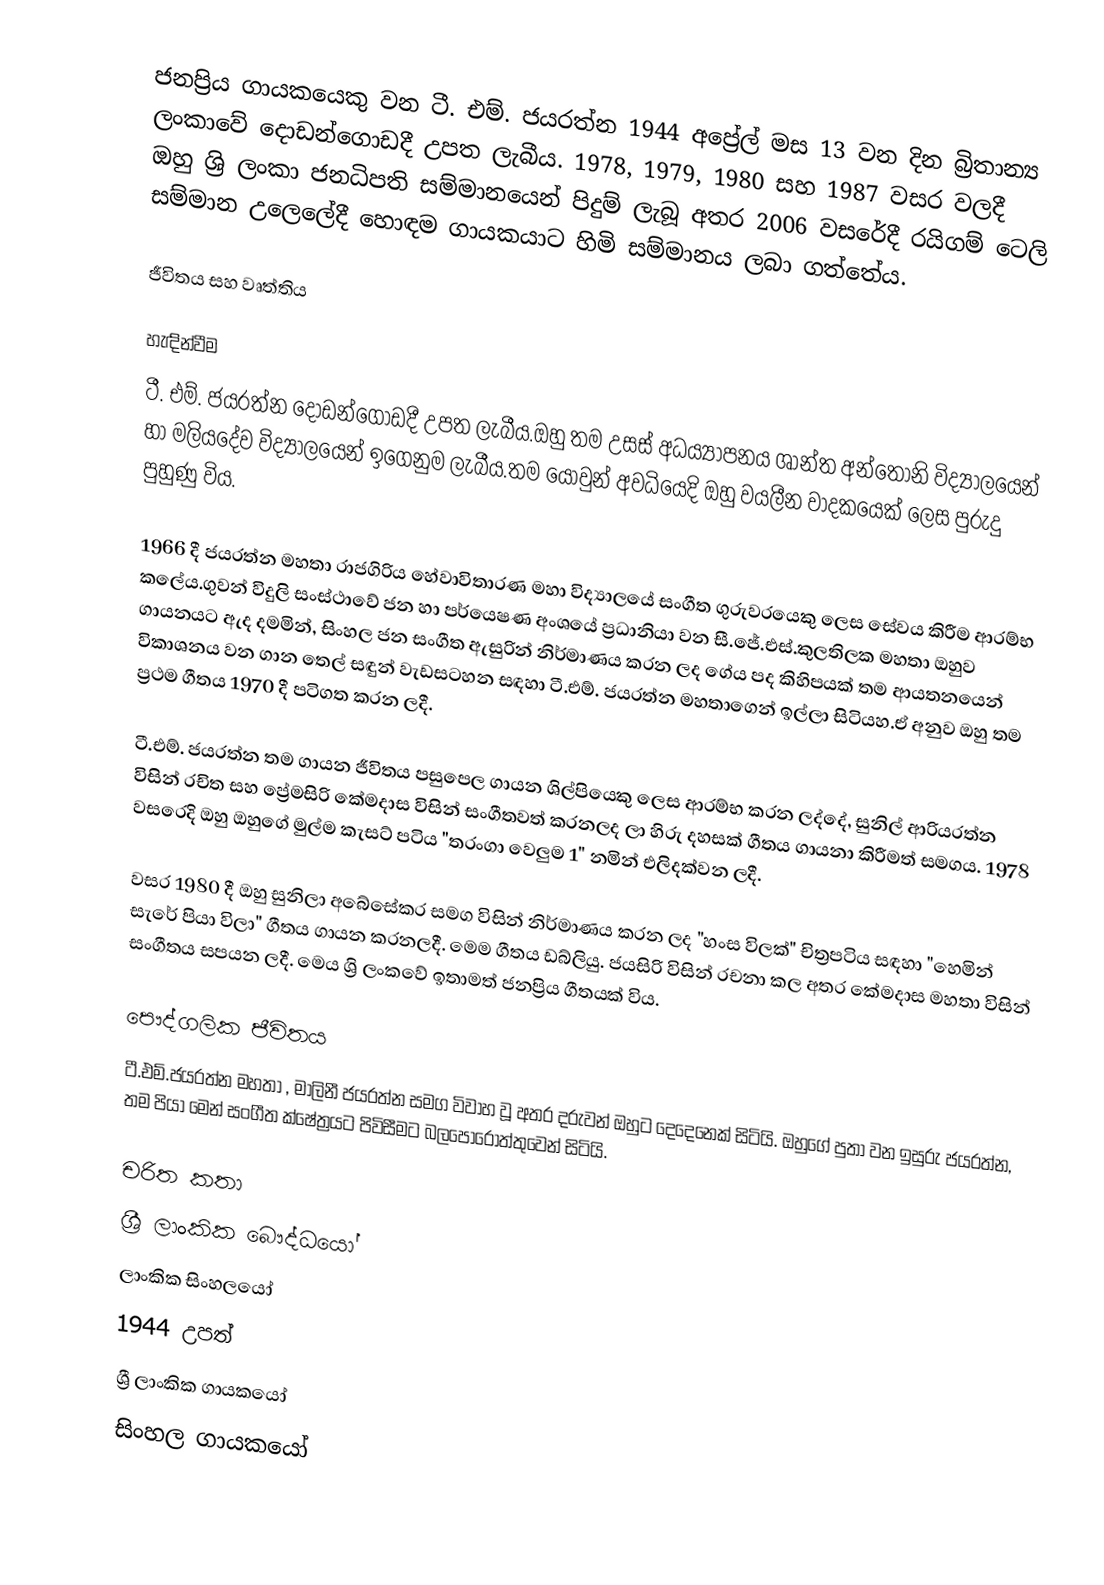
ජනප්‍රිය ගායකයෙකු වන ටී. එම්. ජයරත්න 1944 අප්‍රේල් මස 13 වන දින බ්‍රිතාන්‍ය ලංකාවේ දොඩන්ගොඩදී උපත ලැබීය. 1978, 1979, 1980 සහ 1987 වසර වලදී ඔහු ශ්‍රි ලංකා ජනධිපති සම්මානයෙන් පිදුම් ලැබූ අතර 2006 වසරේදී රයිගම් ටෙලි සම්මාන උලෙලේදී හොඳම ගායකයාට හිමි සම්මානය ලබා ගත්තේය.

ජීවිතය සහ වෘත්තිය

හැඳින්වීම
ටී. එම්. ජයරත්න දොඩන්ගොඩදී උපත ලැබීය.ඔහු තම උසස් අධය්‍යාපනය ශාන්ත අන්තෝනි විද්‍යාලයෙන් හා මලියදේව විද්‍යාලයෙන් ඉගෙනුම ලැබීය.තම යොවුන් අවධියෙදි ඔහු වයලීන වාදකයෙක් ලෙස පුරුදු පුහුණු විය.

1966 දී ජයරත්න මහතා රාජගිරිය හේවාවිතාරණ මහා විද්‍යාලයේ සංගීත ගුරුවරයෙකු ලෙස සේවය කිරීම ආරම්භ කලේය.ගුවන් විදුලි සංස්ථාවේ ජන හා පර්යෙෂණ අංශයේ ප්‍රධානියා වන සී.ජේ.එස්.කුලතිලක මහතා ඔහුව ගායනයට ඇද දමමින්, සිංහල ජන සංගීත ඇසුරින් නිර්මාණය කරන ලද ගේය පද කිහිපයක් තම ආයතනයෙන් විකාශනය වන ගාන තෙල් සඳුන් වැඩසටහන සඳහා ටී.එම්. ජයරත්න මහතාගෙන් ඉල්ලා සිටියහ.ඒ අනුව ඔහු තම ප්‍රථම ගීතය 1970 දී පටිගත කරන ලදී.

ටී.එම්. ජයරත්න තම ගායන ජීවිතය පසුපෙල ගායන ශිල්පියෙකු ලෙස ආරම්භ කරන ලද්දේ, සුනිල් ආරියරත්න  විසින් රචිත සහ ප්‍රේමසිරි කේමදාස විසින් සංගීතවත් කරනලද ලා හිරු දහසක් ගීතය ගායනා කිරීමත් සමගය. 1978 වසරෙදි ඔහු ඔහුගේ මුල්ම කැසට් පටිය "තරංගා වෙලුම 1" නමින් එලිදක්වන ලදී.

වසර 1980 දී ඔහු සුනිලා අබේසේකර සමග විසින් නිර්මාණය කරන ලද "හංස විලක්" චිත්‍රපටිය සඳහා "හෙමින් සැරේ පියා විලා" ගීතය ගායන කරනලදී. මෙම ගීතය ඩබ්ලියු. ජයසිරි විසින් රචනා කල අතර කේමදාස මහතා විසින් සංගීතය සපයන ලදී. මෙය ශ්‍රි ලංකවේ ඉතාමත් ජනප්‍රිය ගීතයක් විය.

පෞද්ගලික ජීවිතය
ටී.එම්.ජයරත්න මහතා , මාලිනී ජයරත්න සමග විවාහ වූ අතර දරුවන් ඔහුට දෙදෙනෙක් සිටියි. ඔහුගේ පුතා වන ඉසුරු ජයරත්න, තම පියා මෙන් සංගීත ක්ෂේත්‍රයට පිවිසීමට බලපොරොත්තුවෙන් සිටියි.

චරිත කතා
ශ්‍රී ලාංකික බෞද්ධයෝ
ලාංකික සිංහලයෝ
1944 උපත්
ශ්‍රී ලාංකික ගායකයෝ
සිංහල ගායකයෝ